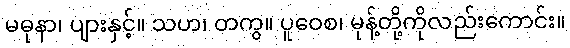
မဓုနာ၊ ပျားနှင့်။ သဟ၊ တကွ။ ပူဝေစ၊ မုန့်တို့ကိုလည်းကောင်း။